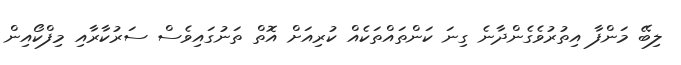
ލިބޭ މަންފާ އިތުރުވެގެންދާނެ ގިނަ ކަންތައްތަކެއް ކުރިއަށް އޮތް ތަނުގައިވެސް ސަރުކާރާއި މިފްކޯއިން